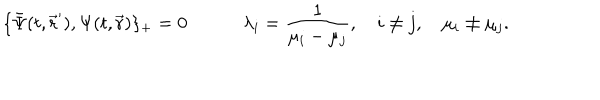
LaTeX: \{ \bar { \Psi } ( t , \vec { \bf r } ^ { \prime } ) , \Psi ( t , \vec { \bf r } ) \} _ { + } = 0 \quad \quad \quad \lambda _ { i } = \frac { 1 } { \mu _ { i } - \mu _ { j } } , \quad i \not = j , \quad \mu _ { i } \not = \mu _ { j } .